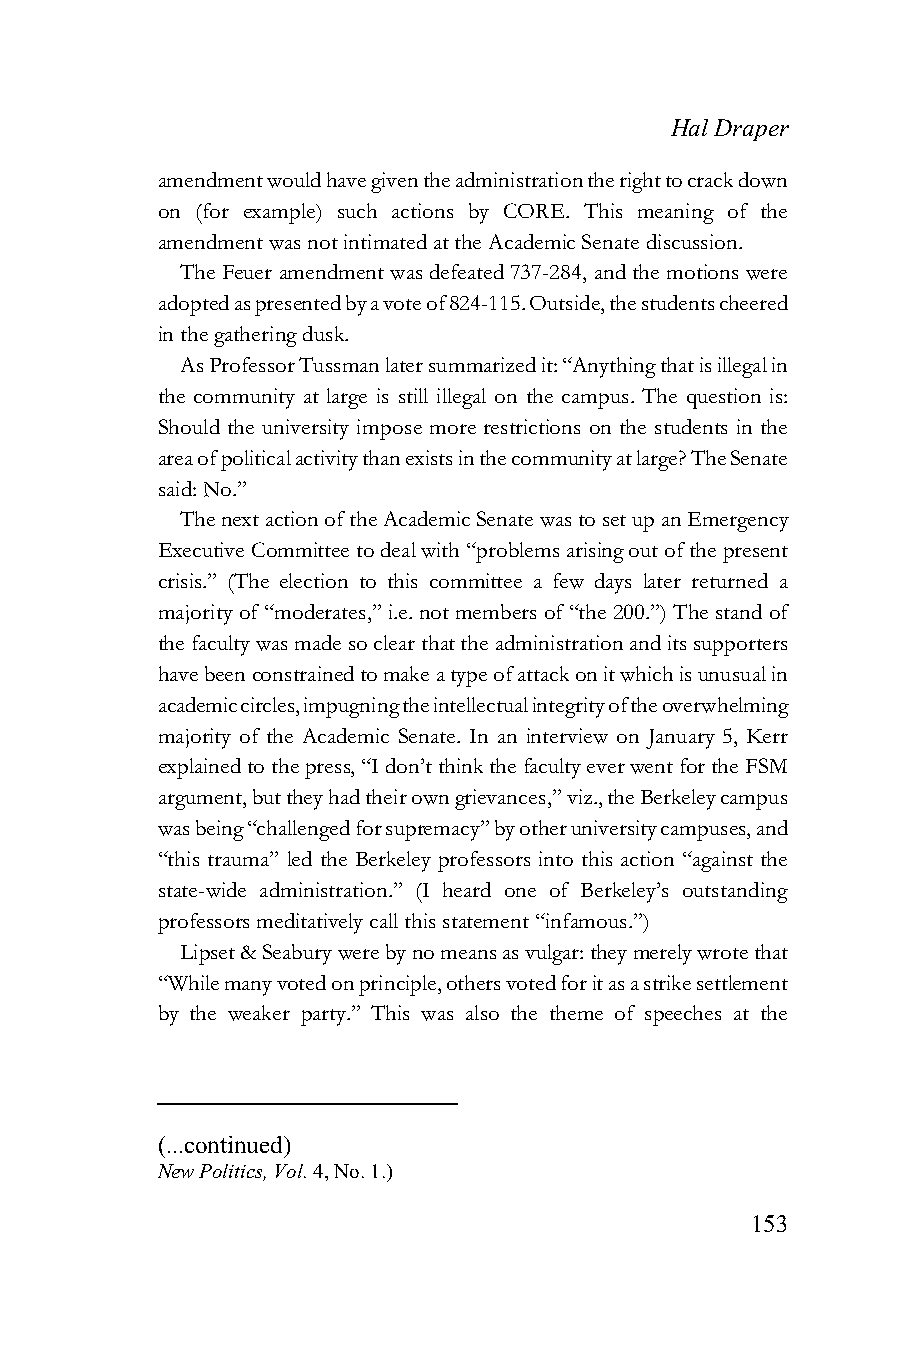
Hal Draper
 amendment would have given the administration the right to crack down
 on (for example) such actions by CORE. This meaning of the
 amendment was not intimated at the Academic Senate discussion.
 The Feuer amendment was defeated 737-284, and the motions were
 adopted as presented by a vote of 824-115. Outside, the students cheered
 in the gathering dusk.
 As Professor Tussman later summarized it: “Anything that is illegal in
 the community at large is still illegal on the campus. The question is:
 Should the university impose more restrictions on the students in the
 area of political activity than exists in the community at large? The Senate
 said: No.”
 The next action of the Academic Senate was to set up an Emergency
 Executive Committee to deal with “problems arising out of the present
 crisis.” (The election to this committee a few days later returned a
 majority of “moderates,” i.e. not members of “the 200.”) The stand of
 the faculty was made so clear that the administration and its supporters
 have been constrained to make a type of attack on it which is unusual in
 academic circles, impugning the intellectual integrity of the overwhelming
 majority of the Academic Senate. In an interview on January 5, Kerr
 explained to the press, “I don’t think the faculty ever went for the FSM
 argument, but they had their own grievances,” viz., the Berkeley campus
 was being “challenged for supremacy” by other university campuses, and
 “this trauma” led the Berkeley professors into this action “against the
 state-wide administration.” (I heard one of Berkeley’s outstanding
 professors meditatively call this statement “infamous.”)
 Lipset & Seabury were by no means as vulgar: they merely wrote that
 “While many voted on principle, others voted for it as a strike settlement
 by the weaker party.” This was also the theme of speeches at the
 (...continued)
 New Politics, Vol. 4, No. 1.)
 153